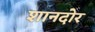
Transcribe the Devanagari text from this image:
शानदोर